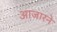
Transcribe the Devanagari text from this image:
आजारने